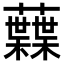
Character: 𧄠